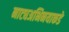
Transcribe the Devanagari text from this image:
नाट्यअभिनयाकडे